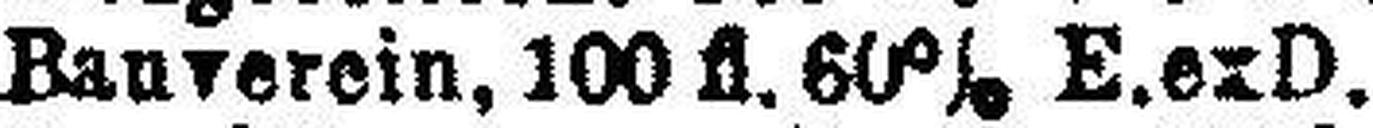
„ Bauverein, 100 fl. 60% E.exD.